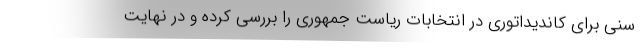
سنی برای کاندیداتوری در انتخابات ریاست جمهوری را بررسی کرده و در نهایت